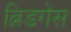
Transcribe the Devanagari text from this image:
ब्रिडगेस